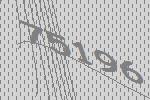
75196